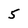
Character: 5